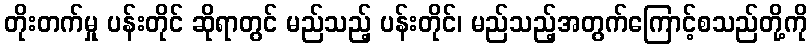
တိုးတက်မှု ပန်းတိုင် ဆိုရာတွင် မည်သည့် ပန်းတိုင်၊ မည်သည့်အတွက်ကြောင့်စသည်တို့ကို